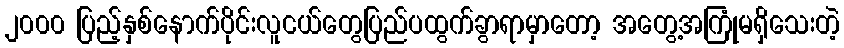
၂၀၀၀ ပြည့်နှစ်နောက်ပိုင်းလူငယ်တွေပြည်ပထွက်ခွာရာမှာတော့ အတွေ့အကြုံမရှိသေးတဲ့